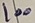
Text: 100